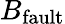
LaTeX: B_{\textrm{fault}}